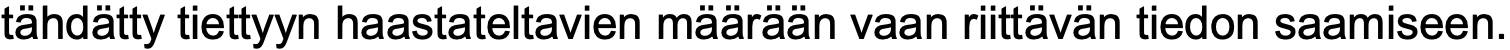
tähdätty tiettyyn haastateltavien määrään vaan riittävän tiedon saamiseen.